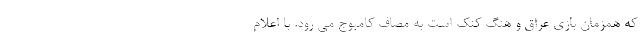
که همزمان بازی عراق و هنگ کنک است به مصاف کامبوج می رود. با اعلام